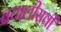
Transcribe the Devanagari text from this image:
बयालीसवीं